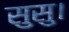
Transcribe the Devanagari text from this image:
सुसु।